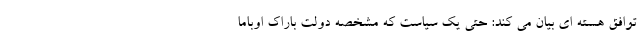
توافق هسته ای بیان می کند: حتی یک سیاست که مشخصه دولت باراک اوباما